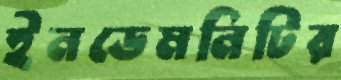
ইনডেমনিটির